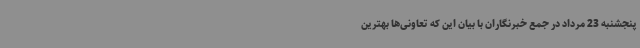
پنجشنبه 23 مرداد در جمع خبرنگاران با بیان این که تعاونی‌ها بهترین